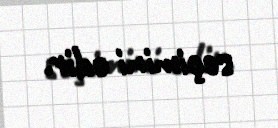
seçimini edir.